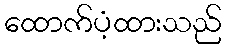
ထောက်ပံ့ထားသည်